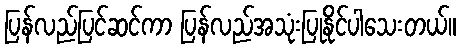
ပြန်လည်ပြင်ဆင်ကာ ပြန်လည်အသုံးပြုနိုင်ပါသေးတယ်။